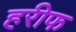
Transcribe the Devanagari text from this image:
हरीफ